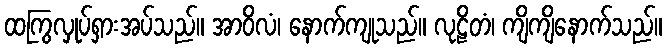
ထကြွလှုပ်ရှားအပ်သည်။ အာဝိလံ၊ နောက်ကျုသည်။ လုဠိတံ၊ ကျိကျိနောက်သည်။